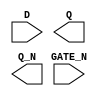
/**
 * Copyright 2020 The SkyWater PDK Authors
 *
 * Licensed under the Apache License, Version 2.0 (the "License");
 * you may not use this file except in compliance with the License.
 * You may obtain a copy of the License at
 *
 *     https://www.apache.org/licenses/LICENSE-2.0
 *
 * Unless required by applicable law or agreed to in writing, software
 * distributed under the License is distributed on an "AS IS" BASIS,
 * WITHOUT WARRANTIES OR CONDITIONS OF ANY KIND, either express or implied.
 * See the License for the specific language governing permissions and
 * limitations under the License.
 *
 * SPDX-License-Identifier: Apache-2.0
 */

`ifndef SKY130_FD_SC_MS__DLXBN_SYMBOL_V
`define SKY130_FD_SC_MS__DLXBN_SYMBOL_V

/**
 * dlxbn: Delay latch, inverted enable, complementary outputs.
 *
 * Verilog stub (without power pins) for graphical symbol definition
 * generation.
 *
 * WARNING: This file is autogenerated, do not modify directly!
 */

`timescale 1ns / 1ps
`default_nettype none

(* blackbox *)
module sky130_fd_sc_ms__dlxbn (
    //# {{data|Data Signals}}
    input  D     ,
    output Q     ,
    output Q_N   ,

    //# {{clocks|Clocking}}
    input  GATE_N
);

    // Voltage supply signals
    supply1 VPWR;
    supply0 VGND;
    supply1 VPB ;
    supply0 VNB ;

endmodule

`default_nettype wire
`endif  // SKY130_FD_SC_MS__DLXBN_SYMBOL_V